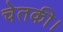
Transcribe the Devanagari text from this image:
चेतकी।